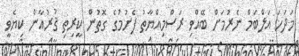
މަދަހަ އަލްބަމް ނެރުމަށް ބޭއްވި ރަސްމިއްޔާތު ފެށުމުގެ ގޮތުން ކީރިތި ޤުރުއާން ކިޔެވީ